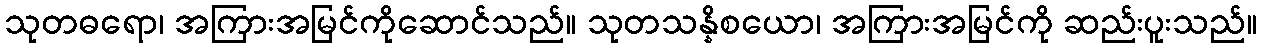
သုတဓရော၊ အကြားအမြင်ကိုဆောင်သည်။ သုတသန္နိစယော၊ အကြားအမြင်ကို ဆည်းပူးသည်။